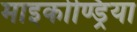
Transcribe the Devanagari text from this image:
माइकोण्ड्रिया